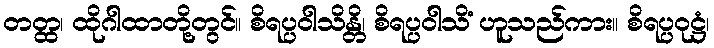
တတ္ထ၊ ထိုဂါထာတို့တွင်။ စိရပ္ပဝါသိန္တိ၊ စိရပ္ပဝါသိံ ဟူသည်ကား။ စိရပ္ပဝုဋ္ဌံ၊